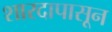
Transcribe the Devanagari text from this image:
शारदापासून